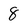
Character: 8